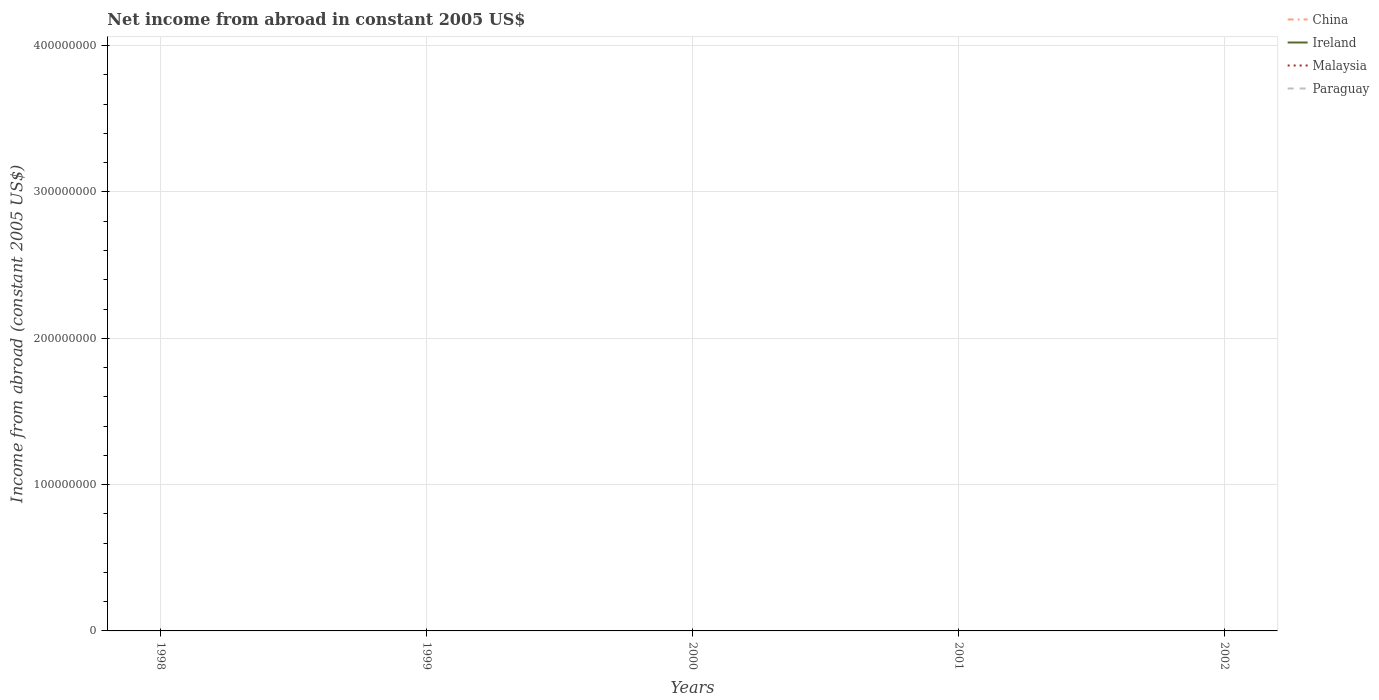
| Years | China | Ireland | Malaysia | Paraguay |
 | --- | --- | --- | --- | --- |
 | 1998 | -1.66e+10 | -9.36e+09 | -3.9e+09 | -7.48e+08 |
 | 1999 | -1.45e+10 | -1.26e+10 | -5.5e+09 | -7.07e+08 |
 | 2000 | -1.47e+10 | -1.28e+10 | -7.61e+09 | -1.11e+09 |
 | 2001 | -1.92e+10 | -1.59e+10 | -6.74e+09 | -9.2e+08 |
 | 2002 | -1.49e+10 | -2.07e+10 | -6.6e+09 | -5.98e+08 |